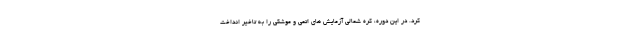
کرد. در این دوره، کره شمالی آزمایش های اتمی و موشکی را به تاخیر انداخت